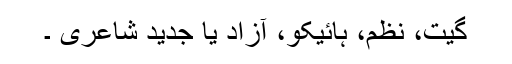
گیت، نظم، ہائیکو، آزاد یا جدید شاعری ۔